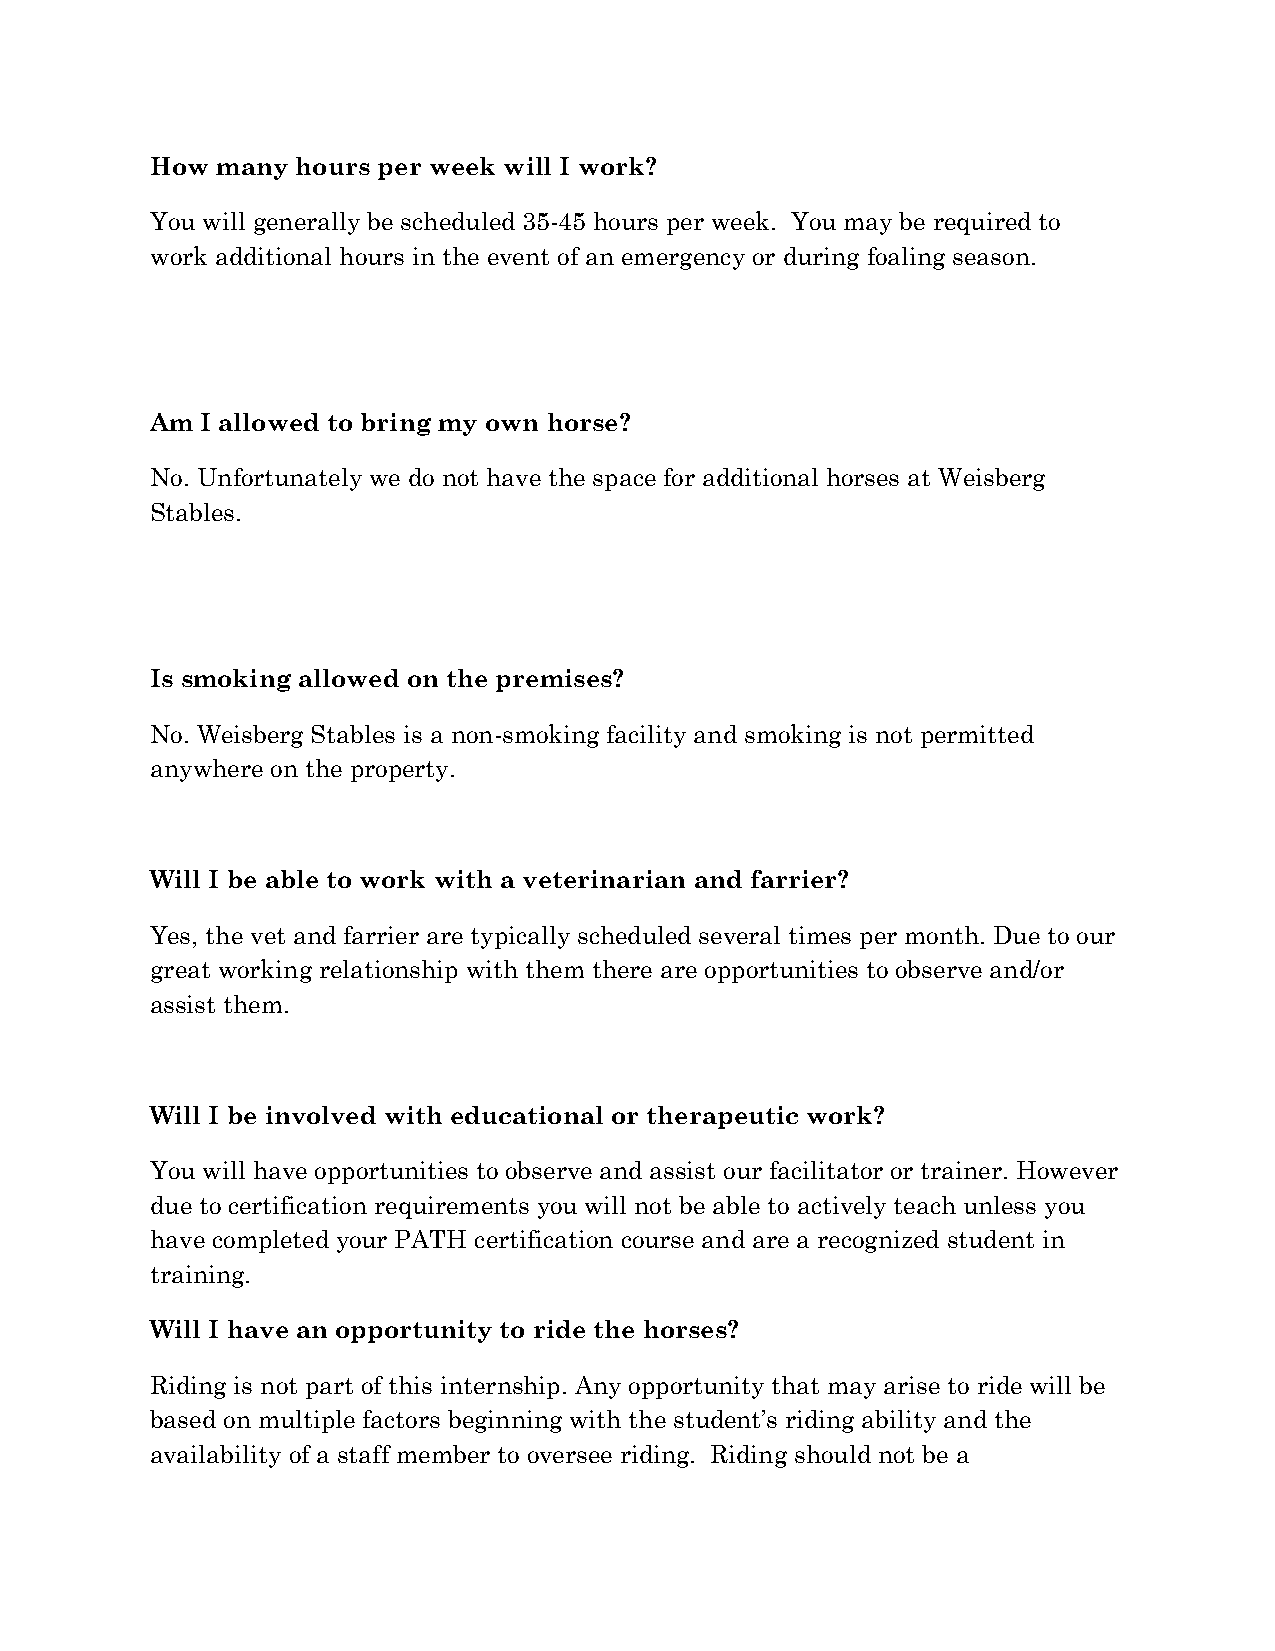
How many  hours per week will I work?
 You will generally be scheduled 35-45 hours per week. You may be required to
 work additional hours in the event of an emergency or during foaling season.
 Am I allowed to bring my own horse?
 No. Unfortunately we do not have the space for additional horses at Weisberg
 Stables.
 Is smoking allowed on the premises?
 No. Weisberg Stables is a non-smoking facility and smoking is not permitted
 anywhere on the property.
 Will I be able to work with a veterinarian and farrier?
 Yes, the vet and farrier are typically scheduled several times per month. Due to our
 great working relationship with them there are opportunities to observe and/or
 assist them.
 Will I be involved with educational or therapeutic work?
 You will have opportunities to observe and assist our facilitator or trainer. However
 due to certification requirements you will not be able to actively teach unless you
 have completed your PATH certification course and are a recognized student in
 training.
 Will I have an opportunity to ride the horses?
 Riding is not part of this internship. Any opportunity that may arise to ride will be
 based on multiple factors beginning with the student’s riding ability and the
 availability of a staff member to oversee riding. Riding should not be a